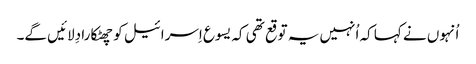
‏ اُنہوں نے کہا کہ اُنہیں یہ توقع تھی کہ یسوع اِسرائیل کو چھٹکارا دِلائیں گے۔